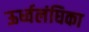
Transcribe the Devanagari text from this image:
ऊर्ध्वलंघिका